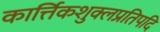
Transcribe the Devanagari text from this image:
कार्त्तिकशुक्लप्रतिपदि